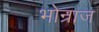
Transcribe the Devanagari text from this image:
भोन्राज